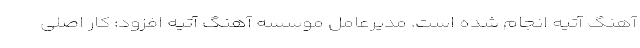
آهنگ آتیه انجام شده است. مدیرعامل موسسه آهنگ آتیه افزود: کار اصلی